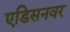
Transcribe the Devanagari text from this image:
एडिसनवर